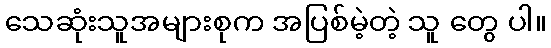
သေဆုံးသူအများစုက အပြစ်မဲ့တဲ့ သူ တွေ ပါ။